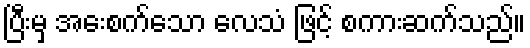
ပြီးမှ အေးစက်သော လေသံ ဖြင့် စကားဆက်သည်။